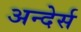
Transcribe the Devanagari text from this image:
अन्देर्स